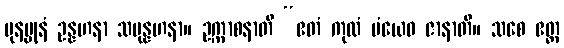
ပုနပ္ပုနံ ဥန္နဟနာ သမုန္နဟနာ။ ဥက္ကာစနာတိ “ဧတံ ကုလံ မံယေဝ ဇာနာတိ။ သစေ ဧတ္ထ